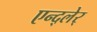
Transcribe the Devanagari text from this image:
एन्द्लेर्